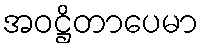
အဝဋ္ဌိတာပေမာ